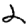
Digit: 2